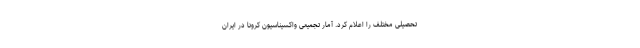
تحصیلی مختلف را اعلام کرد. آمار تجمیعی واکسیناسیون کرونا در ایران